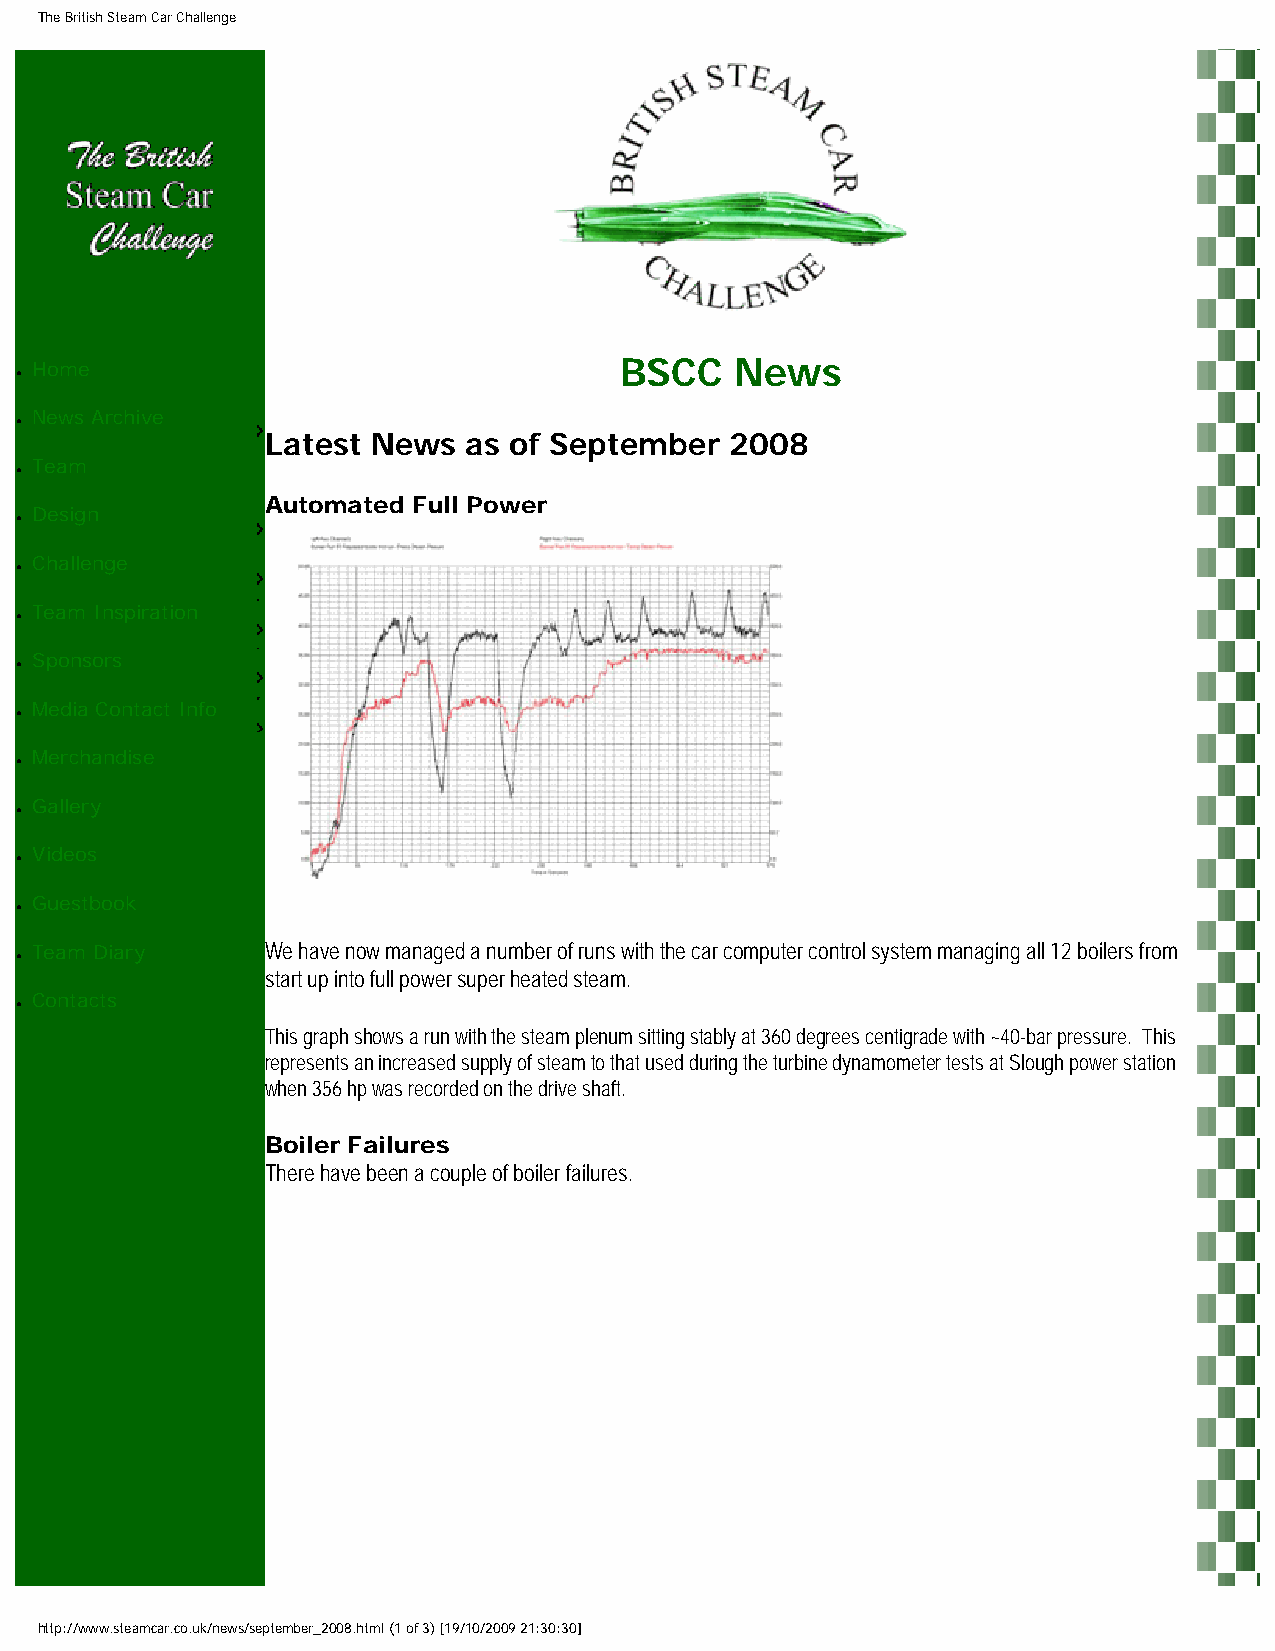
The British Steam Car Challenge
 Home                                   BSCC    News
 ●
 News Archive
 ●
 Latest News  as of September  2008
 Team
 ●
 Automated Full Power
 Design
 ●
 Challenge
 ●
 Team Inspiration
 ●
 Sponsors
 ●
 Media Contact Info
 ●
 Merchandise
 ●
 Gallery
 ●
 Videos
 ●
 Guestbook
 ●
 Team Diary      We have now managed a number of runs with the car computer control system managing all 12 boilers from
 ●
 start up into full power super heated steam.
 Contacts
 ●
 This graph shows a run with the steam plenum sitting stably at 360 degrees centigrade with ~40-bar pressure. This
 represents an increased supply of steam to that used during the turbine dynamometer tests at Slough power station
 when 356 hp was recorded on the drive shaft.
 Boiler Failures
 There have been a couple of boiler failures.
 http://www.steamcar.co.uk/news/september_2008.html (1 of 3) [19/10/2009 21:30:30]